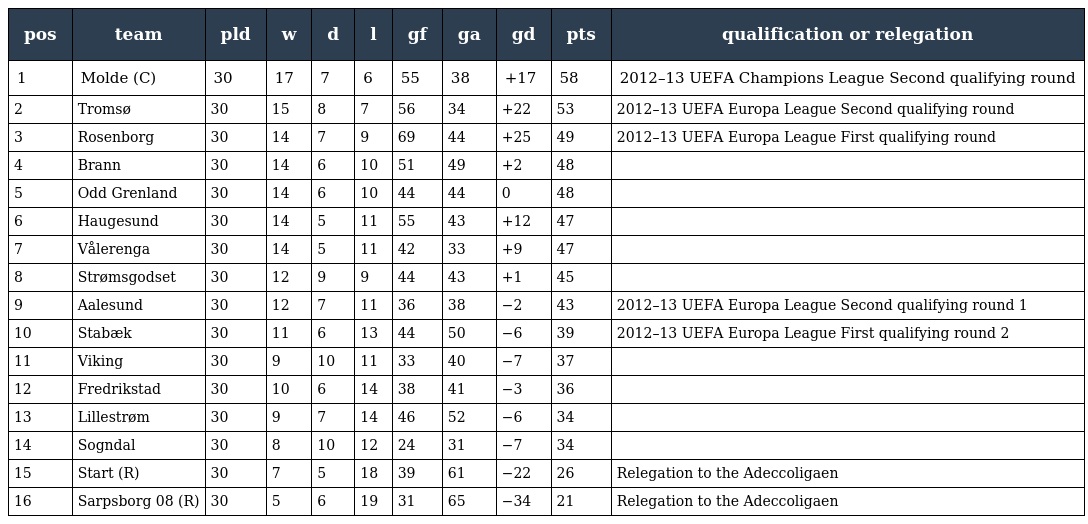
| pos | team | pld | w | d | l | gf | ga | gd | pts | qualification or relegation |
 | --- | --- | --- | --- | --- | --- | --- | --- | --- | --- | --- |
 | 1 | Molde (C) | 30 | 17 | 7 | 6 | 55 | 38 | +17 | 58 | 2012–13 UEFA Champions League Second qualifying round |
 | 2 | Tromsø | 30 | 15 | 8 | 7 | 56 | 34 | +22 | 53 | 2012–13 UEFA Europa League Second qualifying round |
 | 3 | Rosenborg | 30 | 14 | 7 | 9 | 69 | 44 | +25 | 49 | 2012–13 UEFA Europa League First qualifying round |
 | 4 | Brann | 30 | 14 | 6 | 10 | 51 | 49 | +2 | 48 |  |
 | 5 | Odd Grenland | 30 | 14 | 6 | 10 | 44 | 44 | 0 | 48 |  |
 | 6 | Haugesund | 30 | 14 | 5 | 11 | 55 | 43 | +12 | 47 |  |
 | 7 | Vålerenga | 30 | 14 | 5 | 11 | 42 | 33 | +9 | 47 |  |
 | 8 | Strømsgodset | 30 | 12 | 9 | 9 | 44 | 43 | +1 | 45 |  |
 | 9 | Aalesund | 30 | 12 | 7 | 11 | 36 | 38 | −2 | 43 | 2012–13 UEFA Europa League Second qualifying round 1 |
 | 10 | Stabæk | 30 | 11 | 6 | 13 | 44 | 50 | −6 | 39 | 2012–13 UEFA Europa League First qualifying round 2 |
 | 11 | Viking | 30 | 9 | 10 | 11 | 33 | 40 | −7 | 37 |  |
 | 12 | Fredrikstad | 30 | 10 | 6 | 14 | 38 | 41 | −3 | 36 |  |
 | 13 | Lillestrøm | 30 | 9 | 7 | 14 | 46 | 52 | −6 | 34 |  |
 | 14 | Sogndal | 30 | 8 | 10 | 12 | 24 | 31 | −7 | 34 |  |
 | 15 | Start (R) | 30 | 7 | 5 | 18 | 39 | 61 | −22 | 26 | Relegation to the Adeccoligaen |
 | 16 | Sarpsborg 08 (R) | 30 | 5 | 6 | 19 | 31 | 65 | −34 | 21 | Relegation to the Adeccoligaen |